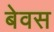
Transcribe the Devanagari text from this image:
बेवस